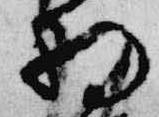
将